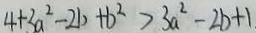
4 + 3 a ^ { 2 } - 2 b + b ^ { 2 } > 3 a ^ { 2 } - 2 b + 1